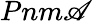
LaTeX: Pnm\mathscr{A}